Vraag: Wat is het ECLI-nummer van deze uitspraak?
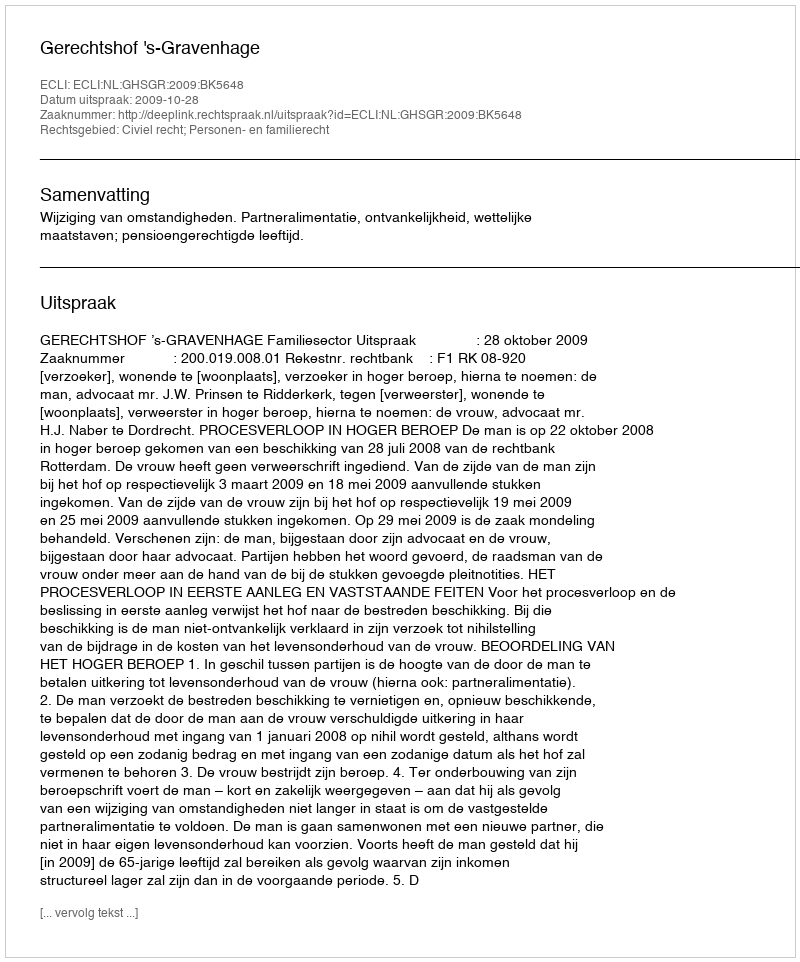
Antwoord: ECLI:NL:GHSGR:2009:BK5648